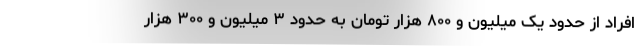
افراد از حدود یک میلیون و ۸۰۰ هزار تومان به حدود ۳ میلیون و ۳۰۰ هزار